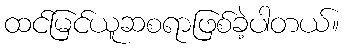
ထင်မြင်ယူဆစရာဖြစ်ခဲ့ပါတယ်။